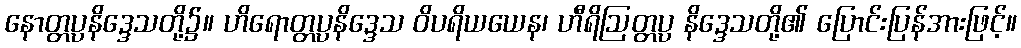
နောတ္တပ္ပနိဒ္ဒေသတို့၌။ ဟိရောတ္တပ္ပနိဒ္ဒေသ ဝိပရိယယေန၊ ဟီရိဩတ္တပ္ပ နိဒ္ဒေသတို့၏ ပြောင်းပြန်အားဖြင့်။